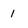
Character: 1